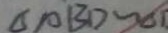
\Delta A B D \sim \Delta